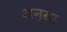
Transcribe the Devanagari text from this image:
अन्ग्रा